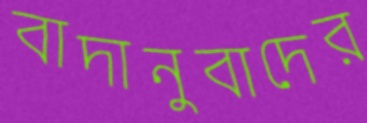
বাদানুবাদের